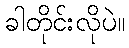
ခါတိုင်းလိုပဲ။